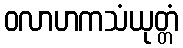
ဝလာဟကသံယုတ္တံ